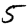
Digit: 5